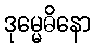
ဒုမ္မေဓိနော